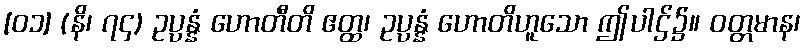
[၀၁] (နိ၊ ၇၄) ဥပ္ပန္နံ ဟောတီတိ ဧတ္ထ၊ ဥပ္ပန္နံ ဟောတိဟူသော ဤပါဌ်၌။ ဝတ္တမာန၊